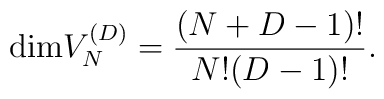
{\rm dim} V_N^{(D)} = {(N+D-1)!\over N! (D-1)!}.